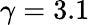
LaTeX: \gamma=3.1